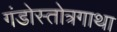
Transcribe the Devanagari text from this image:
गंडोस्तोत्रगाथा